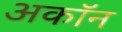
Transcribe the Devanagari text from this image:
अकॉन